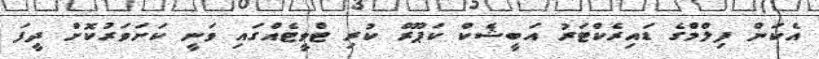
އެކަން ފިލްމްގެ ޑައިރެކްޓަރު އަބީޝެކް ކަޕޫރް ކުރި ޓްވީޓެއްގައި ވަނީ ކަށަވަރުކޮށް ދީފަ